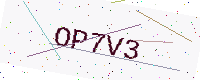
Text: OP7V3